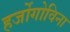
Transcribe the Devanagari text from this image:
हर्जोगोविना